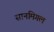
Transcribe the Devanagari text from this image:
सानमिगल